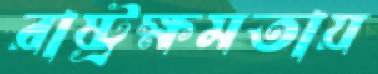
রাষ্ট্রক্ষমতায়